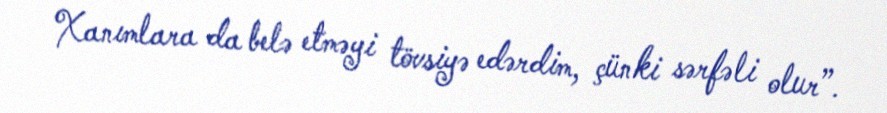
Xanımlara da belə etməyi tövsiyə edərdim, çünki sərfəli olur”.